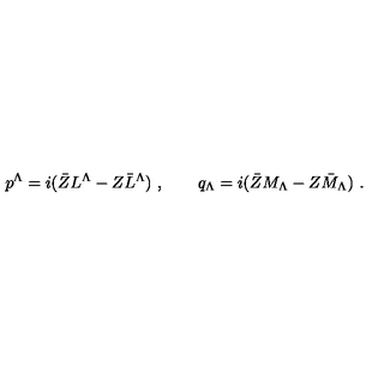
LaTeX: p ^ { \Lambda } = i ( \bar { Z } L ^ { \Lambda } - Z \bar { L } ^ { \Lambda } ) \ , \qquad q _ { \Lambda } = i ( \bar { Z } M _ { \Lambda } - Z \bar { M } _ { \Lambda } ) \ .